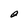
Character: O